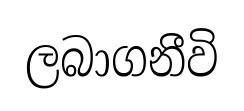
ලබාගනීවි